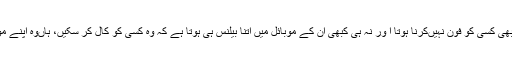
یہ وہ لوگ ہیں جو کسی نہ کسی طرح موبائل سیٹ تو خرید لیتے ہیں مگر انہیں کبھی کسی کو فون نہیںکرنا ہوتا ا ور نہ ہی کبھی ان کے موبائل میں اتنا بیلنس ہی ہوتا ہے کہ وہ کسی کو کال کر سکیں، ہاںوہ اپنے موبائل میں اتنا بیلنس ضرور رکھتے ہیں جس سے کسی کو مس کال کی جا سکے۔